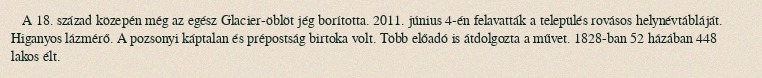
A 18. század közepén még az egész Glacier-öblöt jég borította. 2011. június 4-én felavatták a település rovásos helynévtábláját. Higanyos lázmérő. A pozsonyi káptalan és prépostság birtoka volt. Több előadó is átdolgozta a művet. 1828-ban 52 házában 448 lakos élt.